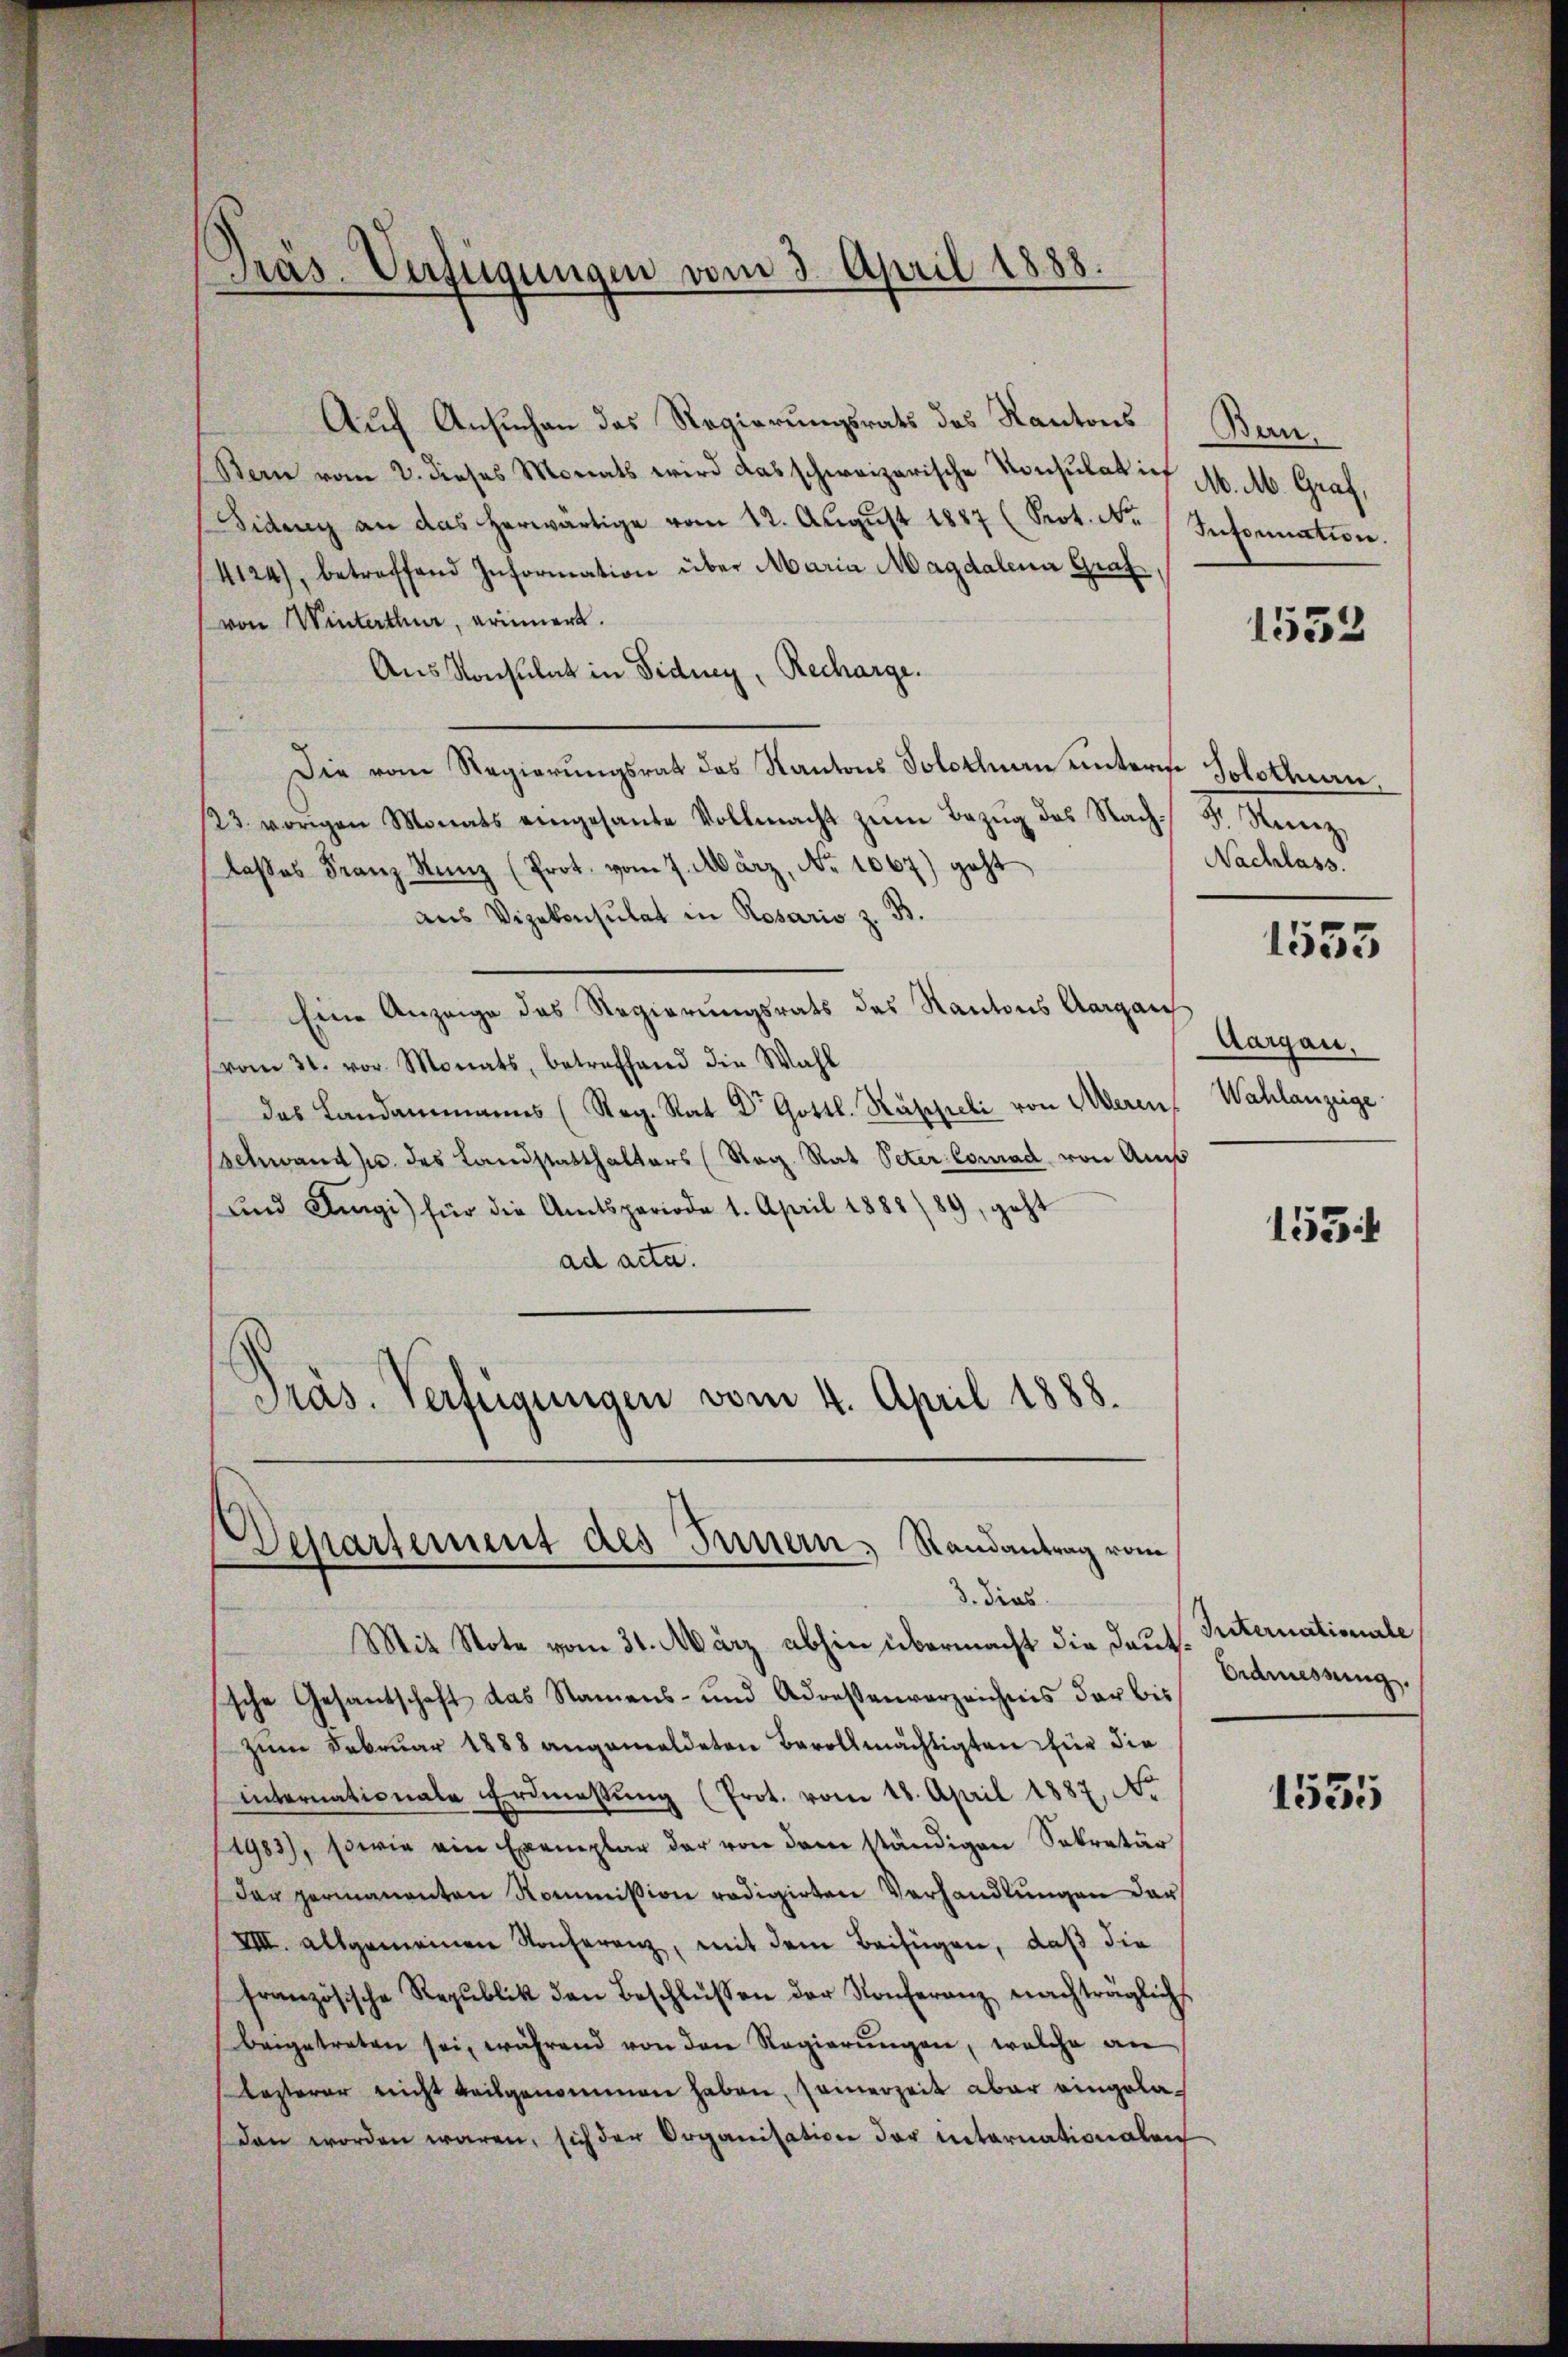
Auf Ansuchen das Regierungsrats des Kantons
Bern vom 2. dieses Monats wird das schweizerische Konsulat in M. M. Graf,
Sidenz an das herwärtige vom 12. Aŭgŭst 1887 (Sot. Nr. Insonnation.
4124), betreffend Information über Maria Magdalen Graf
von Winterthur, erinnert.
Aus Konsulat in Fidney, Recharge.
Die vom Regierungsrat das Kantons Solothurn unterm
23. vorigen Monats eingesante Vollmacht zŭm Bezŭg des Nach F. Stim-
laβes Franz Kunz (Prot. vom 7. März, Nr. 1067) geht
aus Vizekonsulat in Rosaris z. B.
Eine Anzeige des Regierungsrats des Kantons Aargau
vom 31. vor. Monats, betreffend die Wahl
das Landammanns (Reg. Rat Dr. Gottl. Raspieli von Meren, Wahlanzeige
Schwand zu des Landstatthalters (Reg. Rat Peter Conrad von Aus
und Angi) für die Amtsperiode 1. April 1888/89, geht
ad acta.
Präs. Verfügungen vom 4. April 1888.

Präs. Verfügungen vom 3. April 1888.

Departement des Innern, Randantrag vom
3. dies

Mit Note vom 31. März abhin übermacht die Deutsche Gesantschaft das Namens- und Adressenverzeichnis der bis
zum Februar 1888 angemeldeten Bevollmächtigten für die
internationale Erdmassung (Prot. vom 18. April 1887, No
1983), sowie ein Exemplar der von dem ständigen Sekretär
der permanenten Kommission redigirten Verhandlungen dar
VIII. allgemeinen Konferenz, mit dem Beifügen, daß die
französische Republik den Beschlüssen der Konferenz nachträglich
beigetreten sei, während von den Regierungen, welche an
lesterer nicht beitgenommen haben, seinerzeit aber eingeladan worden wären, sich der Organisation der internationalen

Bern.

1552

Solothurn
Nachlass
Aargau,

1533

155

Internationale
Erdriessung.

1535